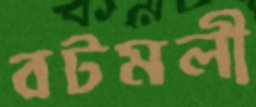
বটমলী